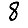
Digit: 8